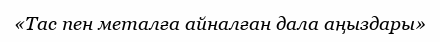
«Тас пен металға айналған дала аңыздары»